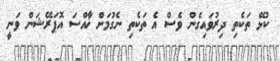
ކުޅޭ ތަކެތި ދިރުވައިގެން ވެސް އެ ތަކެތި ނެގުމަށް ޚާއްސަ އޮޕަރޭޝަން ވަނީ